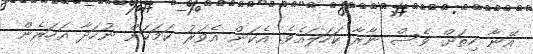
އޭނާ ހިތަށް ވެސް ނާރާ ކަހަލައެވެ. އެކަން އެވަރު ކަމަކަށް ނުހަދާ އަހަރެން